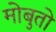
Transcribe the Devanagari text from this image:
मोबुतो